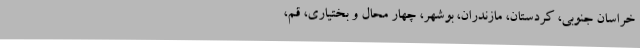
خراسان جنوبی، کردستان، مازندران، بوشهر، چهار محال و بختیاری، قم،